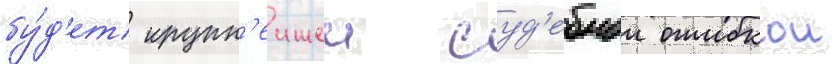
бу́д'ет крупн'еишеи суд'ебнои ошибкои